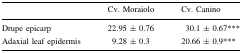
<table><thead><tr><td></td><td><b>Cv. Moraiolo</b></td><td><b>Cv. Canino</b></td></tr></thead><tbody><tr><td>Drupe epicarp</td><td>22.95 ± 0.76</td><td>30.1 ± 0.67***</td></tr><tr><td>Adaxial leaf epidermis</td><td>9.28 ± 0.3</td><td>20.66 ± 0.9***</td></tr></tbody></table>